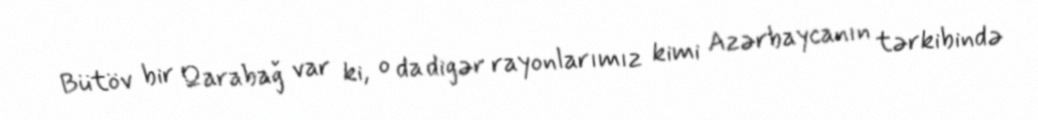
Bütöv bir Qarabağ var ki, o da digər rayonlarımız kimi Azərbaycanın tərkibində